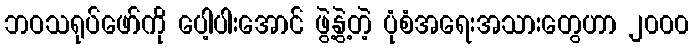
ဘဝသရုပ်ဖော်ကို ပေါ့ပါးအောင် ဖွဲ့နွဲ့တဲ့ ပုံစံအရေးအသားတွေဟာ ၂၀၀၀